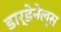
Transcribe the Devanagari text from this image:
डार्डेनेल्स